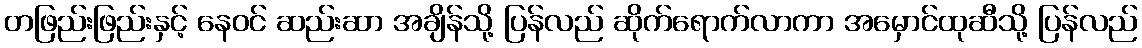
တဖြည်းဖြည်းနှင့် နေဝင် ဆည်းဆာ အချိန်သို့ ပြန်လည် ဆိုက်ရောက်လာကာ အမှောင်ထုဆီသို့ ပြန်လည်